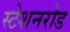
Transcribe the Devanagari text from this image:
स्टेशनरोड